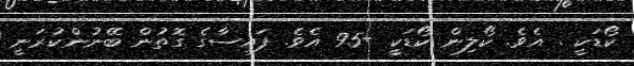
ކޯޑަކީ . އެވެ. ކޯލިން ކޯޑަކީ +95 އެވެ. ފައިސާގެ ގޮތުން ބޭނުންކުރަނީ